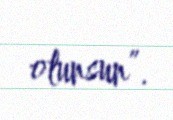
olunsun”.